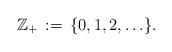
LaTeX: \begin{align*} \mathbb{Z}_+ \,:=\, \{0,1,2,\ldots\}.\end{align*}